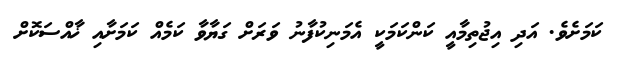
ކަމަށެވެ. އަދި އިޖުތިމާއީ ކަންކަމަކީ އެމަނިކުފާނު ވަރަށް ގަޔާވާ ކަމެއް ކަމަށާއި ޚާއްސަކޮށް